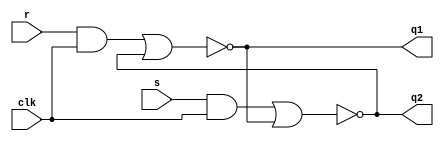
`timescale 1ns / 1ps

module RSflipflopnor(
    input s, r, clk,
    output q1, q2
    );
    
    assign q1=~((r & (clk)) | q2);
    assign q2 = ~((s &(clk)) | q1);
    
    
endmodule